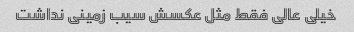
خیلی عالی فقط مثل عکسش سیب زمینی نداشت